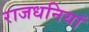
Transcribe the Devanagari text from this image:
राजधनियां